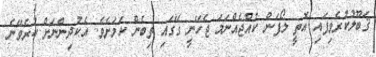
ޤަބޫލުކުރެވިފައި އޮތީ ލޯފަން ކުއްޖެއްނަމަ ޖެހޭނީ ގޭގައި ތިބެން ކަމަށެވެ. އެކުދިންނަށް ކުރެވޭނެ